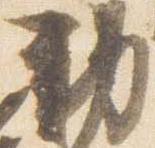
勅